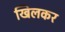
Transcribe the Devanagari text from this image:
खिलकर